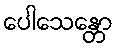
ပေါသေန္တော